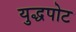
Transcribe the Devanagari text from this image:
युद्धपोट